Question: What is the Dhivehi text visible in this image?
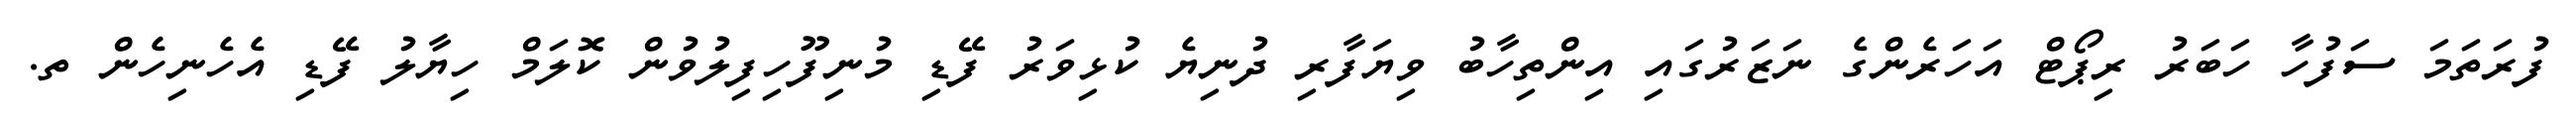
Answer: ފުރަތަމަ ސަފުހާ ހަބަރު ރިޕޯޓް އަހަރެންގެ ނަޒަރުގައި އިންތިހާބު ވިޔަފާރި ދުނިޔެ ކުޅިވަރު ފޭޑި މުނިފޫހިފިލުވުން ކޮލަމް ހިޔާލު ފޭޑި އެހެނިހެން ތ.